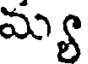
మ్య